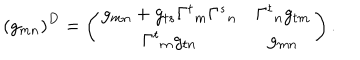
\left( g _ { m n } \right) ^ { D } = \left( \begin{array} { c c } { { g _ { m n } + g _ { t s } { \Gamma ^ { t } } _ { m } { \Gamma ^ { s } } _ { n } } } & { { { \Gamma ^ { t } } _ { n } g _ { t m } } } \\ { { { \Gamma ^ { t } } _ { m } g _ { t n } } } & { { g _ { m n } } } \\ \end{array} \right) .